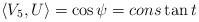
LaTeX: \begin{align*}\left\langle {V_5 ,U} \right\rangle = \cos \psi = cons\tan t\end{align*}